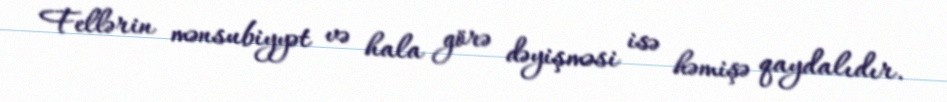
Fellərin mənsubiyyət və hala görə dəyişməsi isə həmişə qaydalıdır.